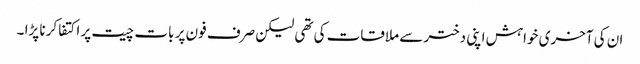
ان کی آخری خواہش اپنی دختر سے ملاقات کی تھی لیکن صرف فون پر بات چیت پر اکتفا کرنا پڑا ۔